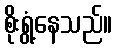
စိုးရွံ့နေသည်။